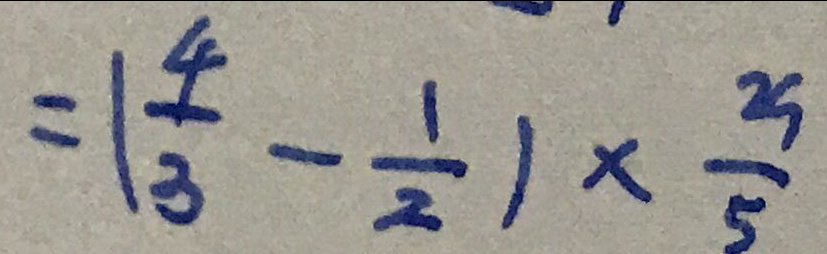
= ( \frac { 4 } { 3 } - \frac { 1 } { 2 } ) \times \frac { 2 9 } { 5 }